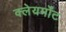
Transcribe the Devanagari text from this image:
क्लेयर्मोंट